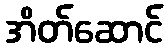
အိတ်ဆောင်